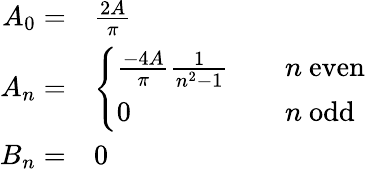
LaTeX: {\begin{array}{rl}{A_{0}=}&{{\frac{2A}{\pi}}}\\ {A_{n}=}&{{\left\{ \begin{array}{ll}{{\frac{-4A}{\pi}}{\frac{1}{n^{2}-1}}}&{\quad n{\mathrm{~even}}}\\ {0}&{\quad n{\mathrm{~odd}}}\end{array}\right.}}\\ {B_{n}=}&{0}\end{array}}